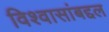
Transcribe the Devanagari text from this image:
विश्वासांबद्दल